Document type: Barter
Year: 1304
Scribe: Pere Pometa
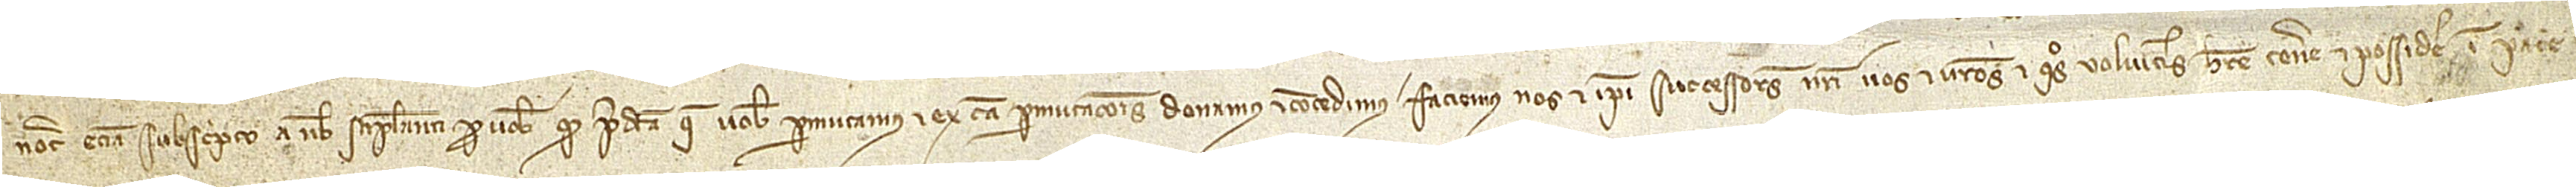
notario etiam subscripto a nobis stipulanti pro vobis quod predicta que vobis permutamus et ex causa permutacionis donamus et concedimus faciemus nos et ipsi successores nostri nos et vestros et quos volueritis habere, tenere et possidere in pace